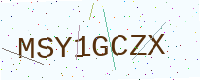
Text: MSY1GCZX